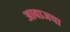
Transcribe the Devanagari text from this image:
आवाजचा